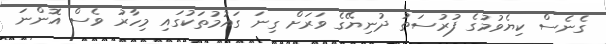
ގެނެސް ކިޔެވުމުގެ ފުރުސަތު ދުނިޔޭގެ ވަރަށް ގިނަ ގައުމުތަކުގައި މިހާރު ވެސް އޮންނަ